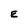
Character: E